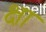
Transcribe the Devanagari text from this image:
क्षा